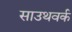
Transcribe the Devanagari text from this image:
साउथवर्क